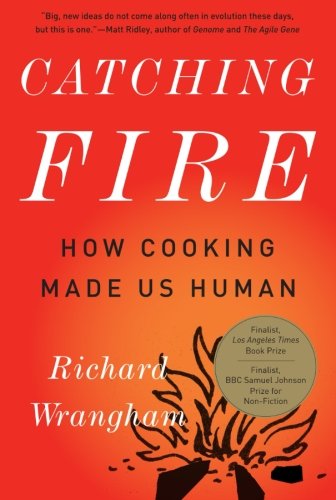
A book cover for Catching Fire: How Cooking Made Us Human; Richard Wrangham; Cookbooks, Food & Wine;